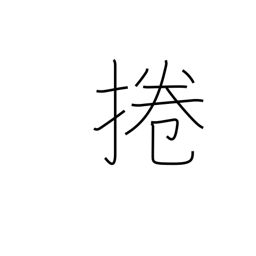
Meaning: roll